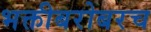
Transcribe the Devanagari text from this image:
भक्तीबरोबरच